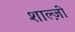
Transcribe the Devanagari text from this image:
शाल्ज़ी